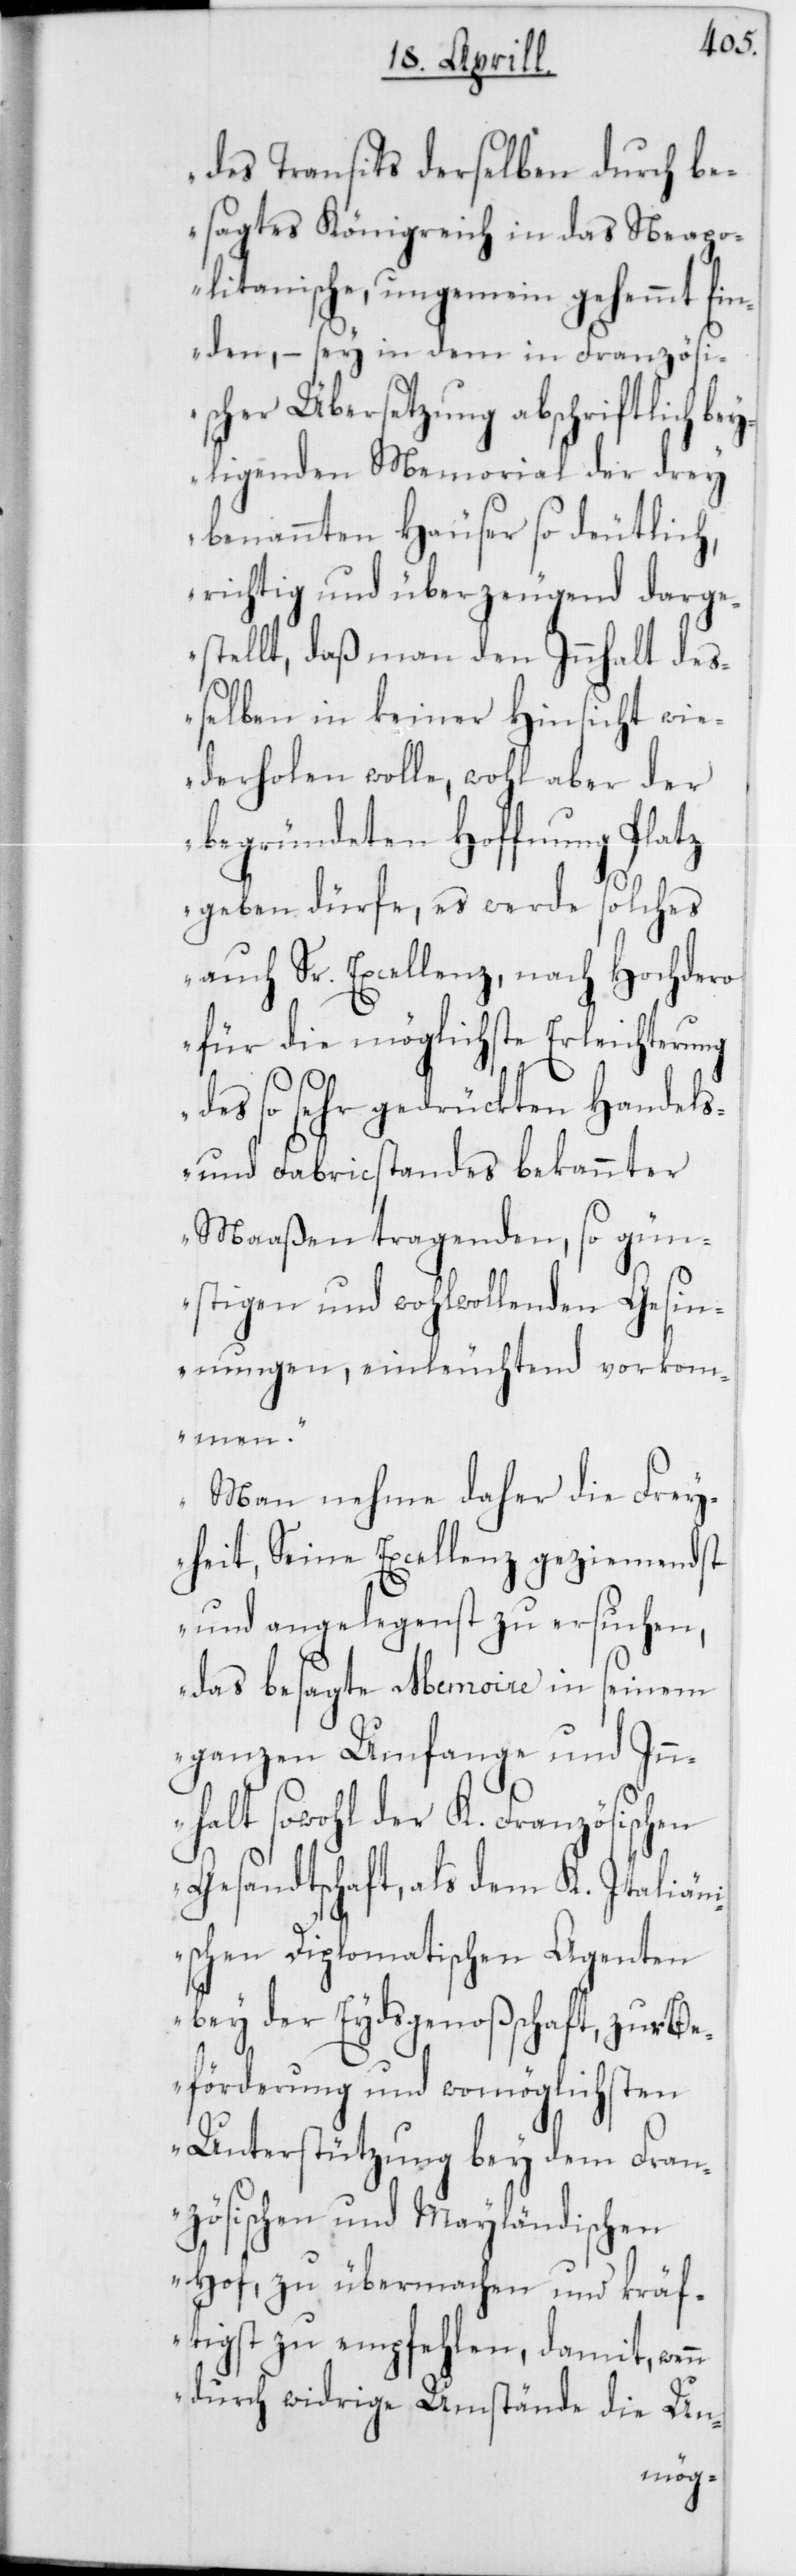
des Transits derselben durch be¬
sagtes Königreich in das Neapo¬
litanische, ungemein gehemmt fin¬
den, – sey in dem in Französi¬
scher Übersetzung abschriftlich be¬
yligenden Memorial der drey
benannten Häuser so deutlich,
richtig und überzeugend darge¬
stellt, daß man den Innhalt de¬
ßelben in keiner Hinsicht wie¬
derholen wolle, wohl aber der
begründeten Hoffnung Platz
geben dürfe, es werde solches
auch Sr. Excellenz, nach Hochdero
für die möglichste Erleichteru¬
des so sehr gedrückten Handels-
und Fabricstandes bekannter
Maaßen tragenden, so gün¬
stigen und wohlwollenden Gesin¬
nungen, einleuchtend vorkom¬
men.
Man nehme daher die Frey¬
heit, Seine Excellenz geziemendst
und angelegenst zu ersuchen,
das besagte Memoire in seinem
ganzen Umfange und Inn¬
halt sowohl der K. Französischen
Gesandtschaft, als dem K. Italiäni¬
schen Diplomatischen Agenten
bey der Eydsgenoßenschaft, zur Be¬
förderung und womöglichsten
Unterstützung bey dem Fran¬
zösischen und Mayländischen
Hof, zu übermachen und kräf¬
tigst zu empfehlen, damit, wenn
durch widrige Umstände die Un-
ng